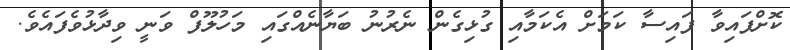
ކޮށްފައިވާ ފައިސާ ކަމަށް އެކަމާއި ގުޅިގެން ނެރުނު ބަޔާނެއްގައި މަހުލޫފް ވަނީ ވިދާޅުވެފައެވެ.